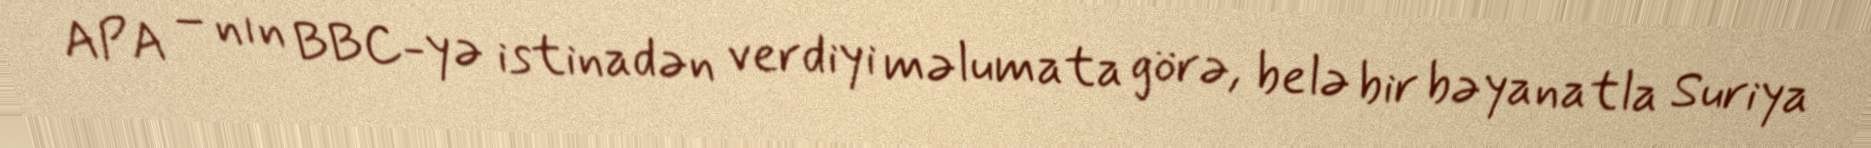
APA – nın BBC-yə istinadən verdiyi məlumata görə, belə bir bəyanatla Suriya